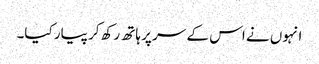
انہوں نے اس کے سر پر ہاتھ رکھ کر پیار کیا۔